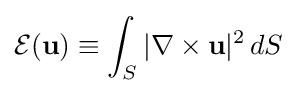
{\mathcal {E}}(\mathbf {u} )\equiv \int _{S}|\nabla \times \mathbf {u} |^{2}\,dS